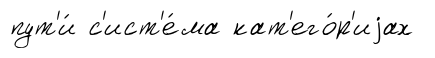
пут'и́ с'ист'е́ма кат'его́р'иjах